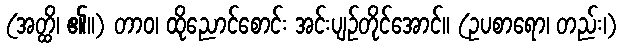
(အတ္ထိ၊ ၏။) တာဝ၊ ထိုညောင်စောင်း အင်းပျဉ်တိုင်အောင်။ (ဥပစာရော၊ တည်း၊)